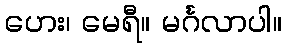
ဟေး၊ မေရီ။ မင်္ဂလာပါ။